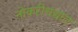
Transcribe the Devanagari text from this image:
नोकरीधंद्यात